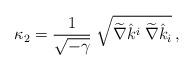
LaTeX: \begin{align*}\kappa_2 = {1 \over \sqrt{-\gamma}} \; \sqrt{\widetilde\nabla \hat{k}^i \; \widetilde\nabla\hat{k}_i }\,,\end{align*}